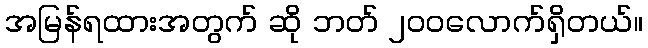
အမြန်ရထားအတွက် ဆို ဘတ် ၂၀၀လောက်ရှိတယ်။